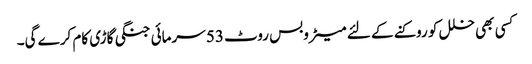
کسی بھی خلل کو روکنے کے لئے میٹروبس روٹ 53 سرمائی جنگی گاڑی کام کرے گی۔